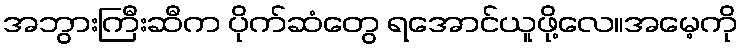
အဘွားကြီးဆီက ပိုက်ဆံတွေ ရအောင်ယူဖို့လေ။အမေ့ကို